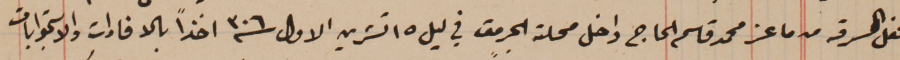
فعل السرقه من ماعز محمد قاسم الحاج داخل محلة الجرمق في ليل ١٥ تشرين الاول سنة ٣٠٦ اخذاً بالافادات والاستجوابات